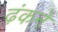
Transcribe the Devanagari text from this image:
ढ़ंकने